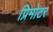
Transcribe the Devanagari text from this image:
प्रिमोटर